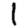
Digit: 1